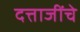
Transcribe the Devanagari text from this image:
दत्ताजींचे